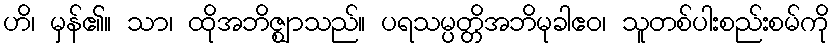
ဟိ၊ မှန်၏။ သာ၊ ထိုအဘိဇ္ဈာသည်။ ပရသမ္ပတ္တိအဘိမုခါဧဝ၊ သူတစ်ပါးစည်းစမ်ကို